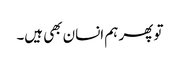
تو پھر ہم انسان بھی ہیں۔